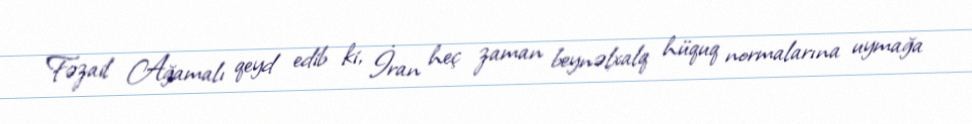
Fəzail Ağamalı qeyd edib ki, İran heç zaman beynəlxalq hüquq normalarına uymağa